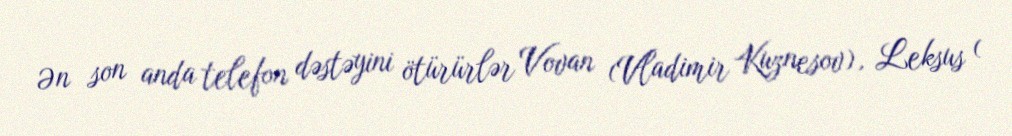
Ən son anda telefon dəstəyini ötürürlər Vovan (Vladimir Kuznesov), Leksus (